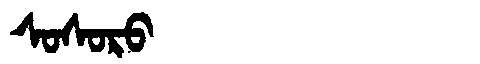
Manchu: ᠰᠣᠰᠣᡵᠣ
Romanization: SOSORO